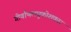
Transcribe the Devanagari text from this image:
गीर्वाणलघुकोशकार